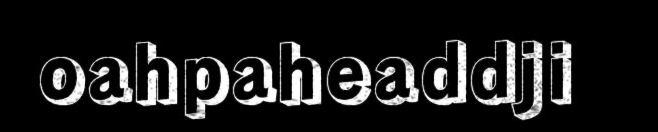
oahpaheaddji